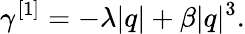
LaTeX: \gamma^{[1]}=-\lambda\vert q\vert+\beta\vert q\vert^{3}.